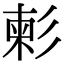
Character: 𢒞